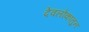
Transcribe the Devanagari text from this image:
देवलोकातुन